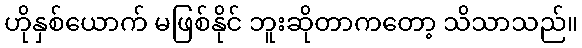
ဟိုနှစ်ယောက် မဖြစ်နိုင် ဘူးဆိုတာကတော့ သိသာသည်။